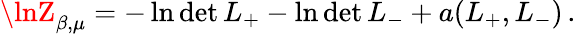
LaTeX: \lnZ_{\beta,\mu}=-\ln\operatorname*{d\mathrm{e}t}L_{+}-\ln\operatorname*{d\mathrm{e}t}L_{-}+a(L_{+},L_{-})\, .